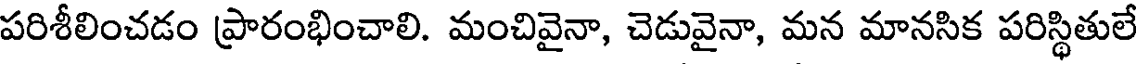
పరిశీలించడం ప్రారంభించాలి. మంచివైనా, చెడువైనా, మన మానసిక పరిస్థితులే